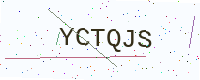
Text: YCTQJS